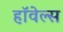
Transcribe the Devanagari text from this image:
हॉवेल्स